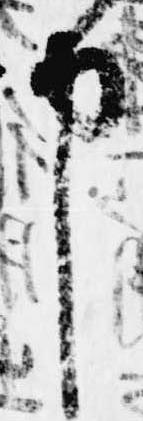
申